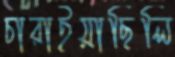
চারাইয়াছিলি